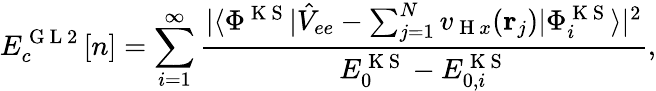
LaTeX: E_{c}^{\mathrm{~G~L~2~}}[n]=\sum_{i=1}^{\infty}\frac{|\langle\Phi^{\mathrm{~K~S~}}|\hat{V}_{ee}-\sum_{j=1}^{N}v_{\mathrm{~H~}x}(\mathbf{r}_{j})|\Phi_{i}^{\mathrm{~K~S~}}\rangle|^{2}}{E_{0}^{\mathrm{~K~S~}}-E_{0,i}^{\mathrm{~K~S~}}},